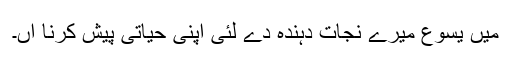
میں یسوع میرے نجات دہندہ دے لئی اپنی حیاتی پیش کرنا آں۔